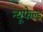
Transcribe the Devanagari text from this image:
न्यूफेल्ड